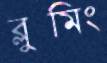
ব্লুমিং